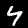
Label: 4